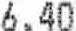
6.40